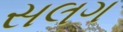
સલગ